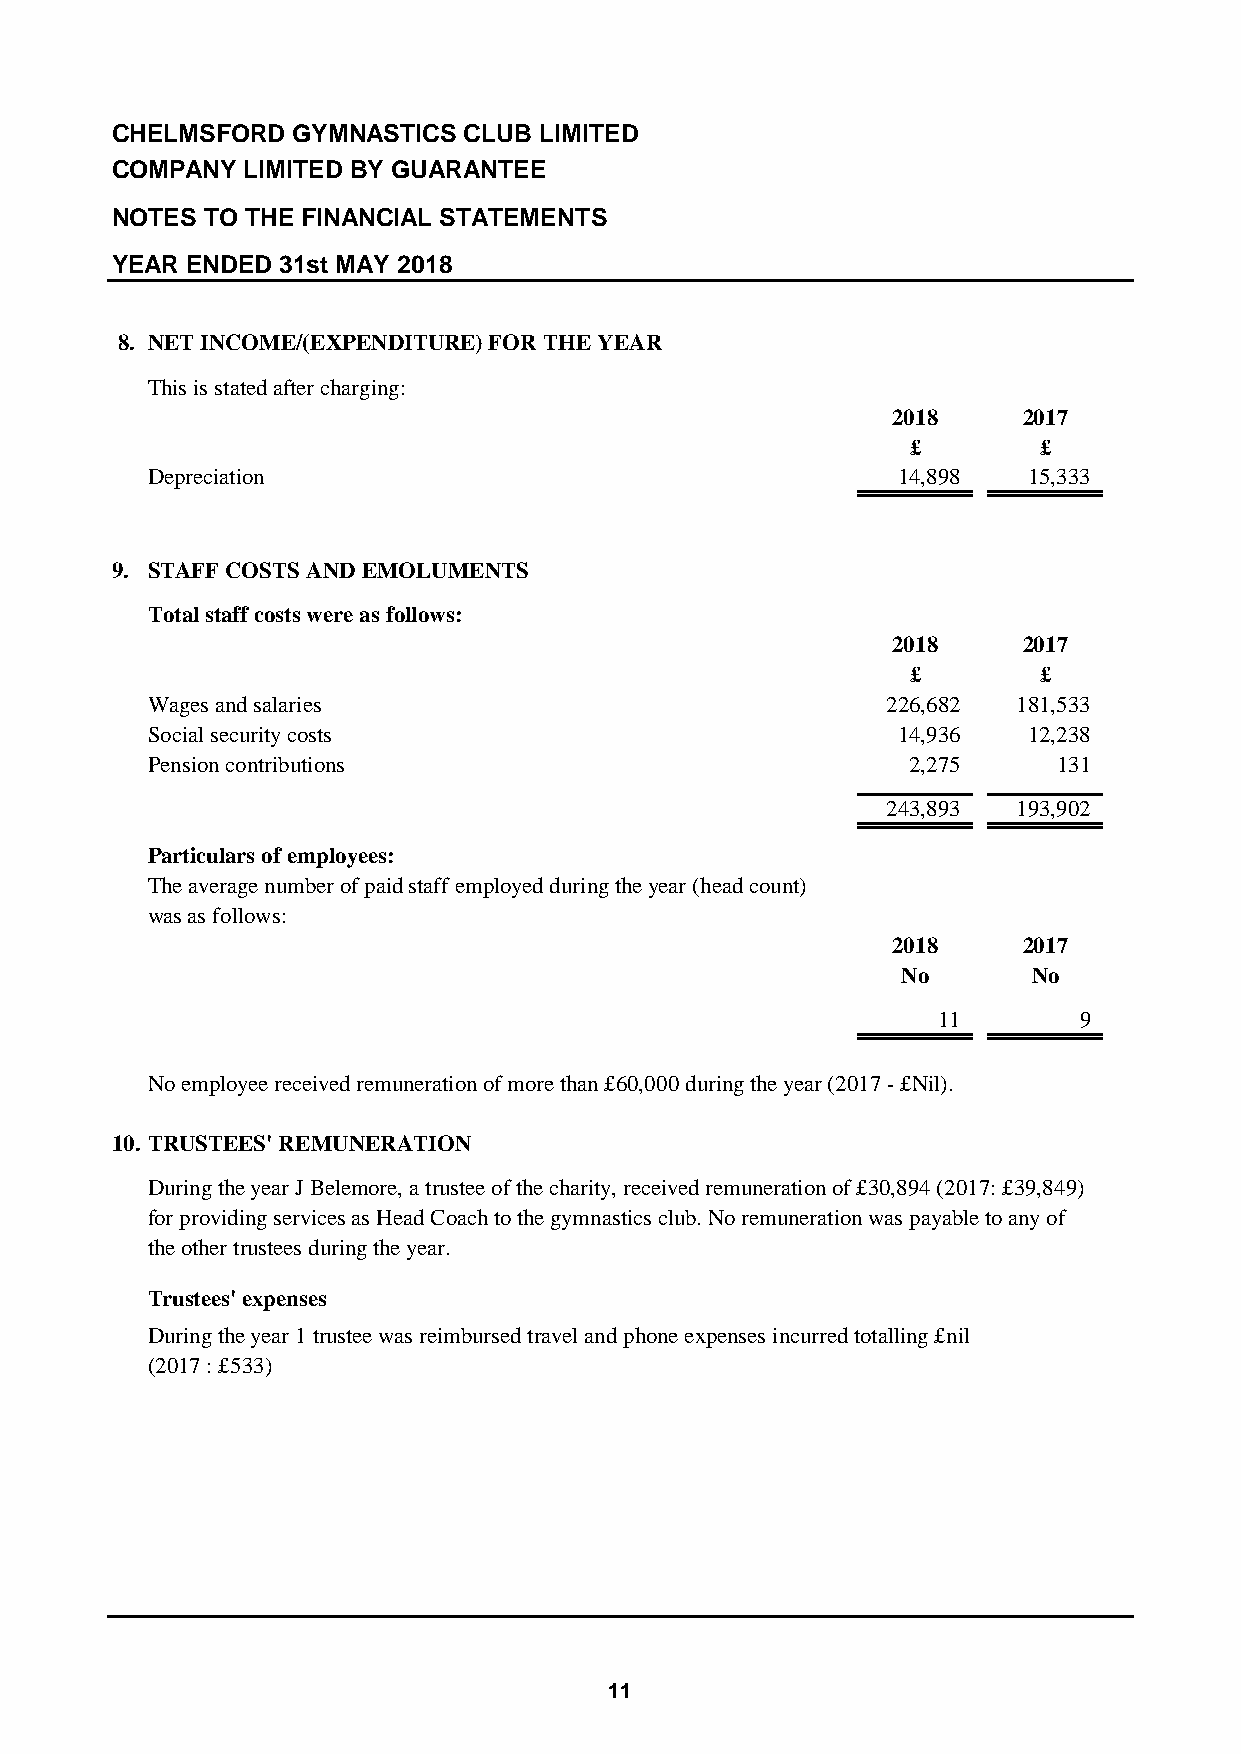
CHELMSFORD  GYMNASTICS  CLUB LIMITED
 COMPANY  LIMITED BY GUARANTEE
 NOTES  TO THE FINANCIAL STATEMENTS
 YEAR ENDED  31st MAY 2018
 8. NET INCOME/(EXPENDITURE) FOR THE YEAR
 This is stated after charging:
 2018     2017
 £        £
 Depreciation                                     1 4,898  1 5,333
 9. STAFF COSTS AND EMOLUMENTS
 Total staff costs were as follows:
 2018     2017
 £        £
 Wages and salaries                               226,682 181,533
 Social security costs                            14,936   12,238
 Pension contributions                             2,275     131
 243,893 193,902
 Particulars of employees:
 The average number of paid staff employed during the year (head count)
 was as follows:
 2018     2017
 No      No
 1 1      9
 No employee received remuneration of more than £60,000 during the year (2017 - £Nil).
 10. TRUSTEES' REMUNERATION
 During the year J Belemore, a trustee of the charity, received remuneration of £30,894 (2017: £39,849)
 for providing services as Head Coach to the gymnastics club. No remuneration was payable to any of
 the other trustees during the year.
 Trustees' expenses
 During the year 1 trustee was reimbursed travel and phone expenses incurred totalling £nil
 (2017 : £533)
 11